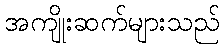
အကျိုးဆက်များသည်